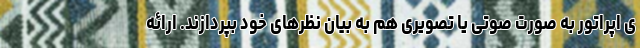
ی اپراتور به صورت صوتی یا تصویری هم به بیان نظرهای خود بپردازند. ارائه